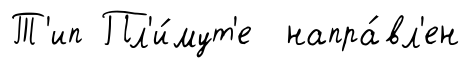
Т'ип Пл'и́мут'е напра́вл'ен